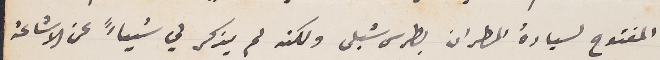
المفتوح لسيادة المطران بطرس شبلى ولكنه لم يذكر لي شياءً عن الاشاعة